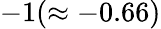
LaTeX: -1(\approx-0.66)